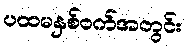
ပထမနှစ်ဝက်အတွင်း